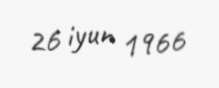
26 iyun 1966